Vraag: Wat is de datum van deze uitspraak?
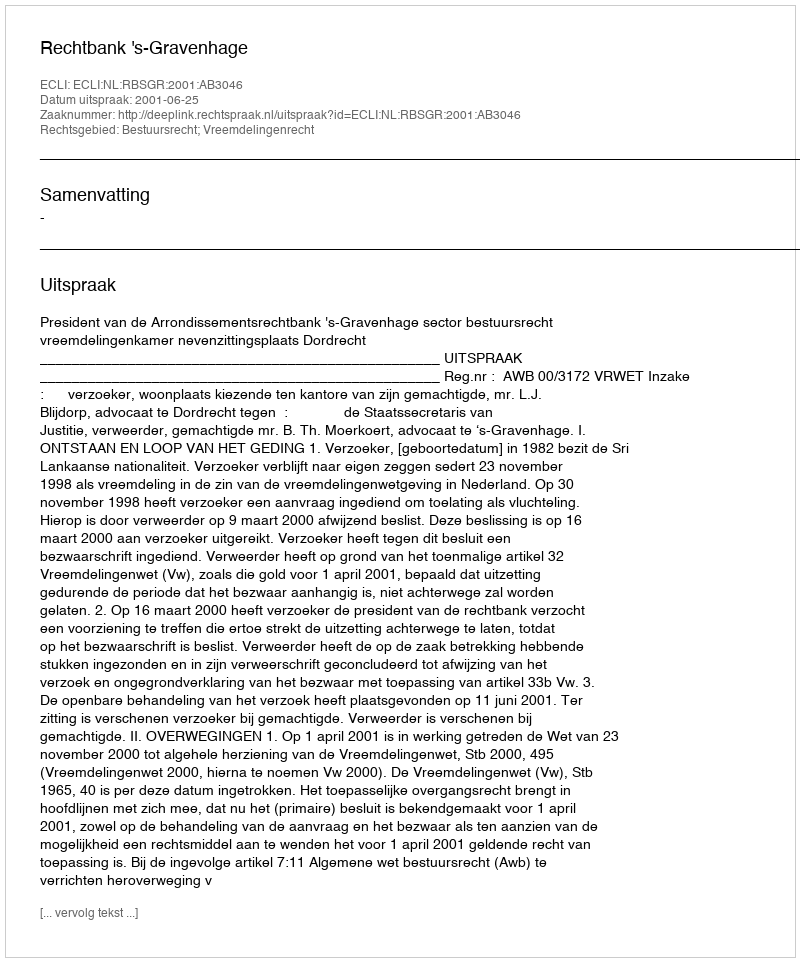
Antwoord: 2001-06-25